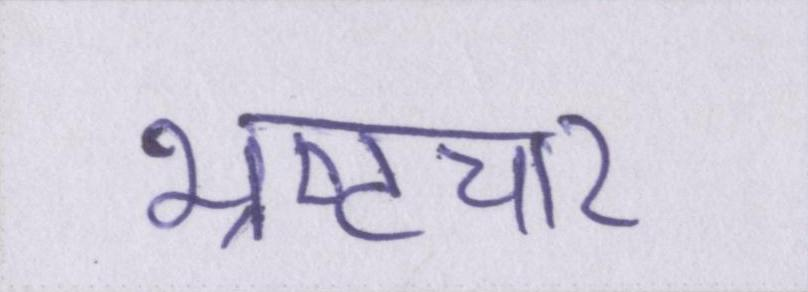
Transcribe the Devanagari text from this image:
भ्रष्टचार